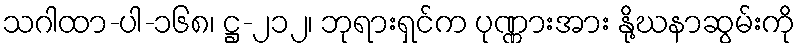
သဂါထာ-ပါ-၁၆၈၊ ဋ္ဌ-၂၁၂၊ ဘုရားရှင်က ပုဏ္ဏားအား နို့ဃနာဆွမ်းကို